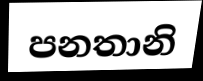
පනතානි